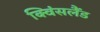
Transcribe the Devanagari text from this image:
क्विंसलैंड